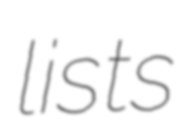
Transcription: lists